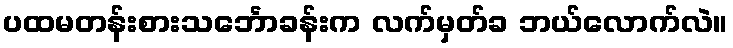
ပထမတန်းစားသင်္ဘောခန်းက လက်မှတ်ခ ဘယ်လောက်လဲ။